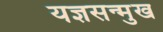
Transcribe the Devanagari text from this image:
यज्ञसन्मुख